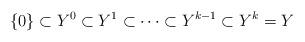
LaTeX: \begin{align*} \left\{0\right\} \subset Y^0\subset Y^1 \subset \cdots \subset Y^{k-1}\subset Y^k=Y \end{align*}